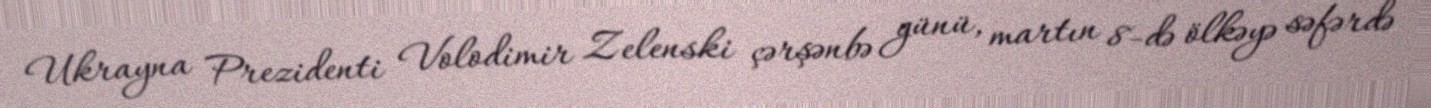
Ukrayna Prezidenti Volodimir Zelenski çərşənbə günü, martın 8-də ölkəyə səfərdə